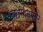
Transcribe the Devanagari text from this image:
वर्तमानपत्रेर